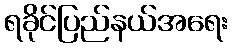
ရခိုင်ပြည်နယ်အရေး